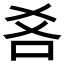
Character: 𱒋